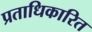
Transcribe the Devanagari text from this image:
प्रताधिकारित